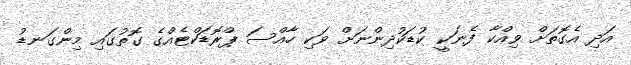
އަދި އެގޮތަށް ވިއްކާ ފެނަކީ ކުޑަކުދިންނަށް ވަކި ހާއްސަ ޕްރޮޑަކްޓެއްގެ ގޮތުގައި މިންގަނޑު